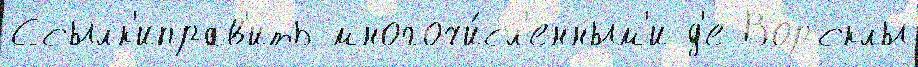
Ссылк'иправ'ить многочи́сл'енным'и д'е Ворсклы